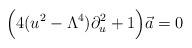
LaTeX: \begin{align*}\Big(4(u^2-\Lambda^4)\partial_u^2 + 1\Big) \vec a = 0\end{align*}